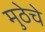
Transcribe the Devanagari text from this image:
मुठेचे